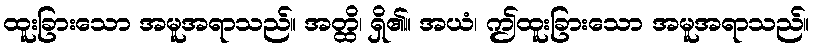
ထူးခြားသော အမူအရာသည်။ အတ္ထိ၊ ရှိ၏။ အယံ၊ ဤထူးခြားသော အမူအရာသည်။